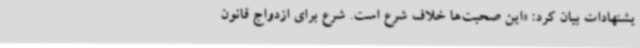
یشنهادات بیان کرد: «این صحبت‌ها خلاف شرع است. شرع برای ازدواج قانون